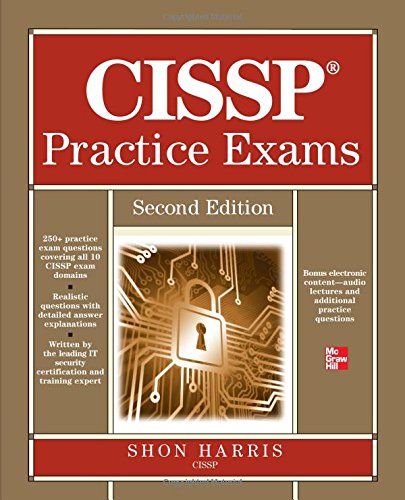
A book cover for CISSP Practice Exams, Second Edition; Shon Harris; Computers & Technology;